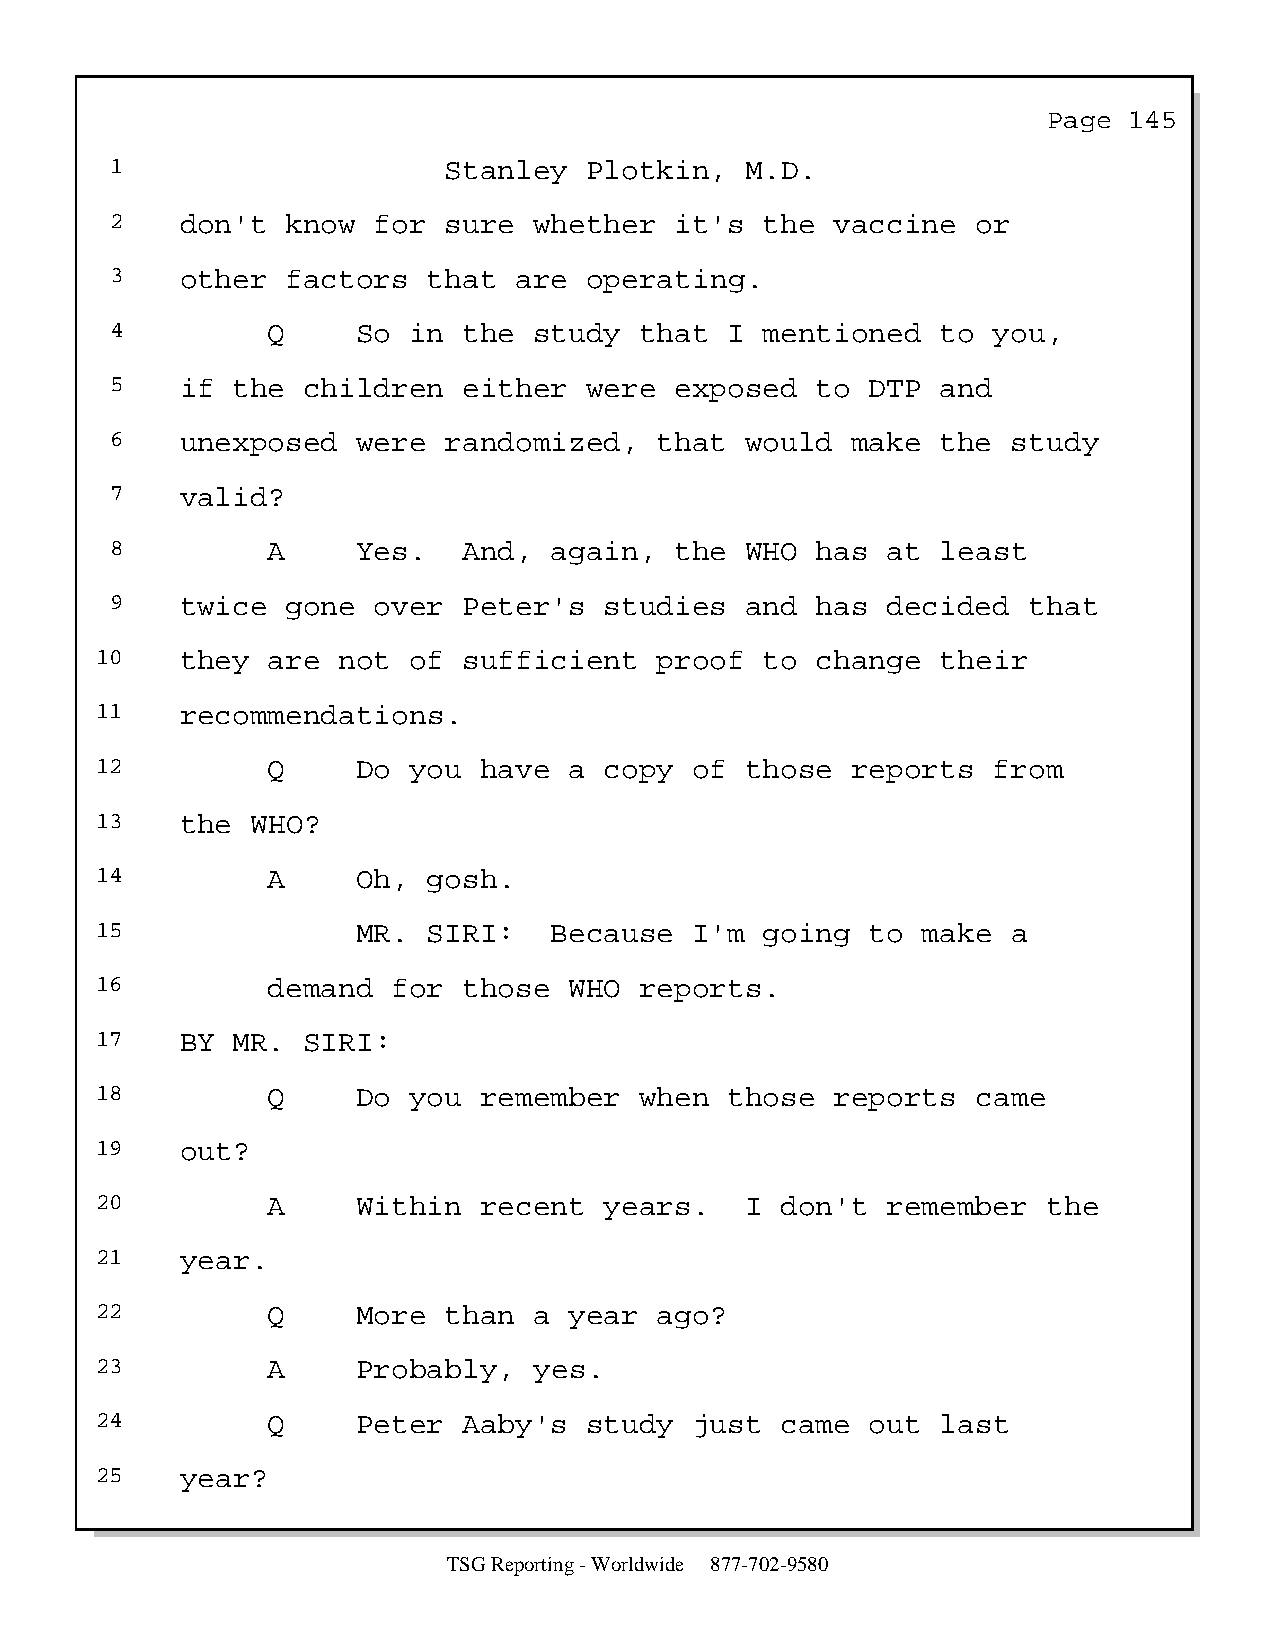
Page  145
 1                     Stanley   Plotkin,  M.D.
 2    don't  know  for sure  whether   it's  the vaccine   or
 3    other  factors  that  are  operating.
 4          Q     So in  the study  that  I  mentioned  to  you,
 5    if the  children   either  were  exposed  to  DTP and
 6    unexposed   were randomized,    that would  make  the  study
 7    valid?
 8          A     Yes.   And, again,   the WHO  has  at least
 9    twice  gone  over  Peter's  studies  and  has  decided  that
 10    they  are not  of  sufficient   proof  to change  their
 11    recommendations.
 12          Q     Do you  have  a copy  of those  reports   from
 13    the  WHO?
 14          A     Oh, gosh.
 15                MR. SIRI:   Because   I'm  going  to make  a
 16          demand  for  those  WHO reports.
 17    BY MR.  SIRI:
 18          Q     Do you  remember  when  those  reports   came
 19    out?
 20          A     Within  recent  years.   I  don't  remember  the
 21    year.
 22          Q     More than  a  year  ago?
 23          A     Probably,  yes.
 24          Q     Peter  Aaby's  study  just  came  out last
 25    year?
 TSG Reporting - Worldwide 877-702-9580